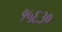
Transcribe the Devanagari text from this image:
१५६३०